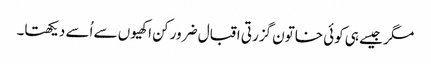
مگر جیسے ہی کوئی خاتون گزرتی اقبال ضرور کن اکھیوں سے اُسے دیکھتا۔